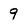
Character: 9